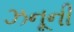
ઝનૂની